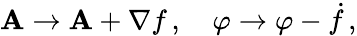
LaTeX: \mathbf{A}\rightarrow\mathbf{A}+\nabla f\, ,\quad\varphi\rightarrow\varphi-{\dot{f}}\, ,